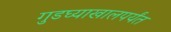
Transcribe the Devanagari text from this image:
गुडघ्याखालपर्यंत